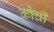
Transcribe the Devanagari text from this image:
कोर्ची